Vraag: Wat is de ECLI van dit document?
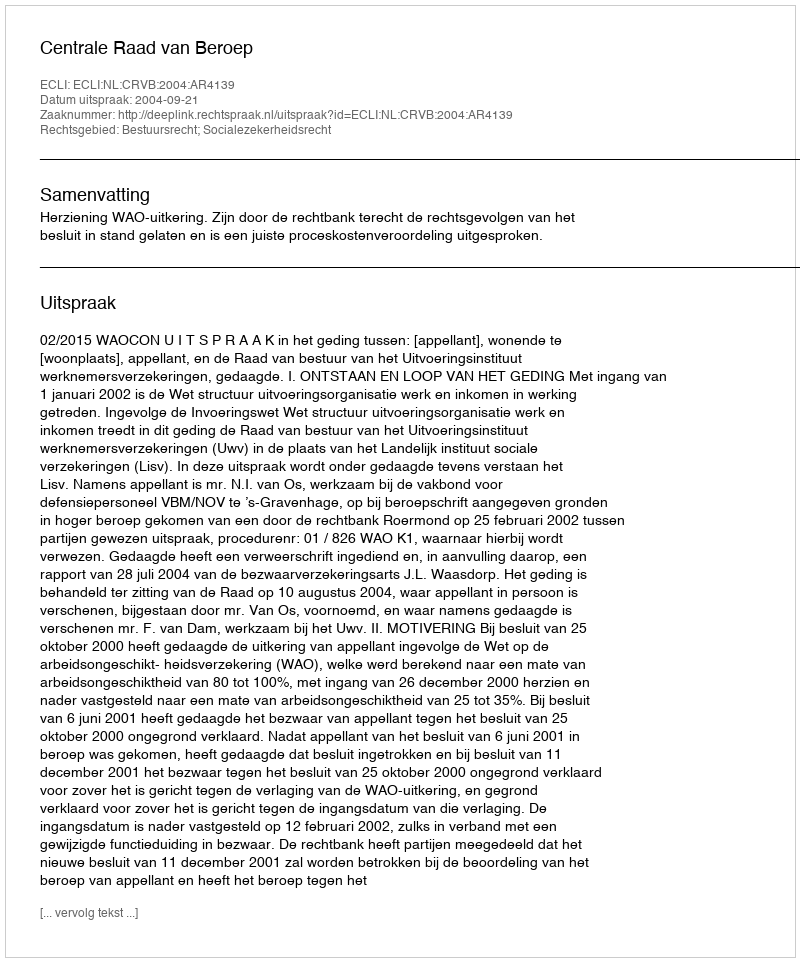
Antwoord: ECLI:NL:CRVB:2004:AR4139